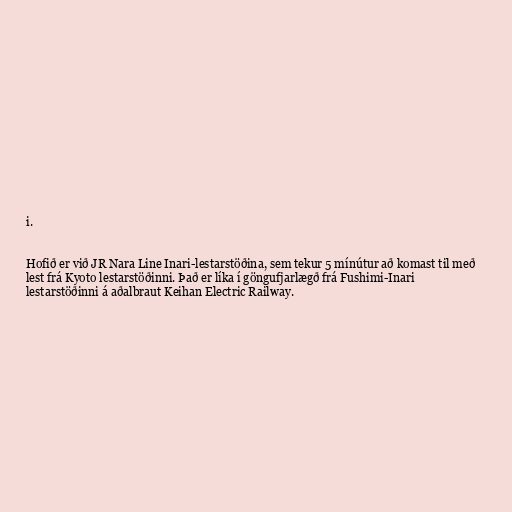
i.

Hofið er við JR Nara Line Inari-lestarstöðina, sem tekur 5 mínútur að komast til með
lest frá Kyoto lestarstöðinni. Það er líka í göngufjarlægð frá Fushimi-Inari
lestarstöðinni á aðalbraut Keihan Electric Railway.